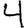
Digit: 4